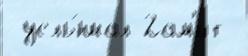
 услы́шал 2ам'ит